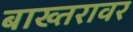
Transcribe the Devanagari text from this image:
बाख्तरावर